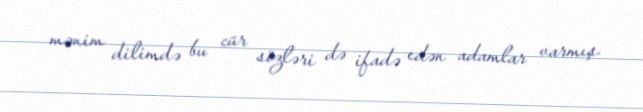
mənim dilimdə bu cür sözləri də ifadə edən adamlar varmış.